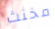
مخنث